Report on the Civil Veterinary Department, Eastern Bengal and Assam - 1907-1911
Year: 1907
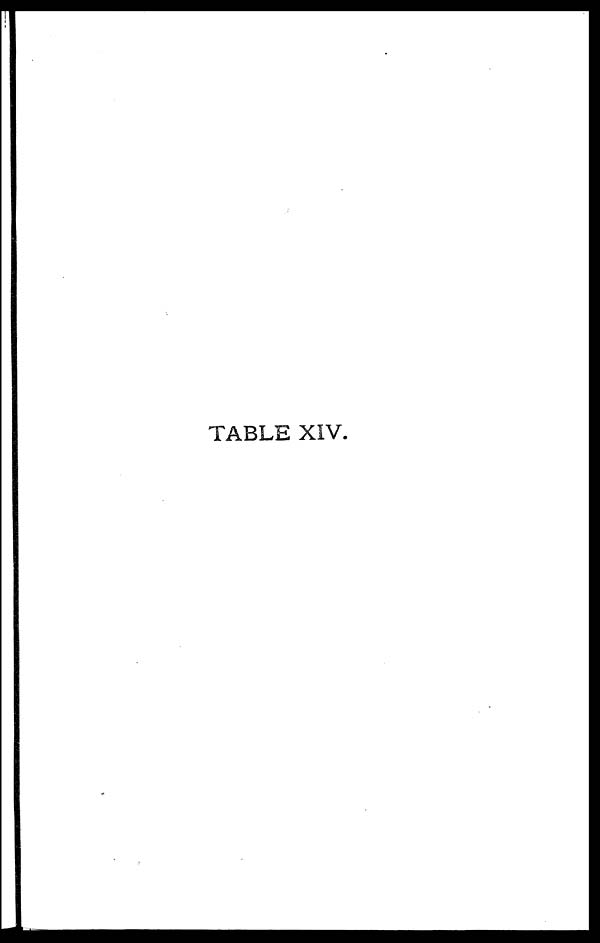
TABLE XIV.